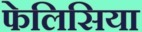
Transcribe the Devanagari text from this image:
फेलिसिया